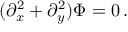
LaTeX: ( \partial _ { x } ^ { 2 } + \partial _ { y } ^ { 2 } ) \Phi = 0 \, .